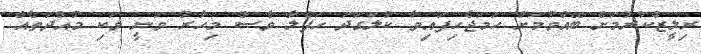
ރިލީޒްކުރުމަށް ބޭއްވުމަށް ހަމަޖެހިފައިވާ ކުލަގަދަ ހަފްލާ ވެސް މިހާރު ވަނީ ވަކި މުއްދަތެއް